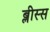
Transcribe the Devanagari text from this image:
ब्लीस्स